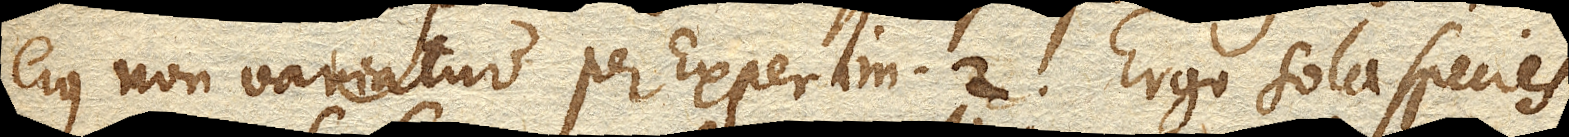
ejus non variatur per Experim. 2. Ergo sola species